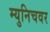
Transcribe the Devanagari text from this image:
म्युनिचवर